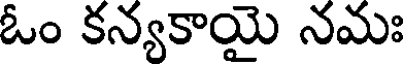
ఓం కన్యకాయై నమః